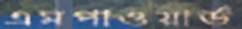
এমপাওয়ার্ড